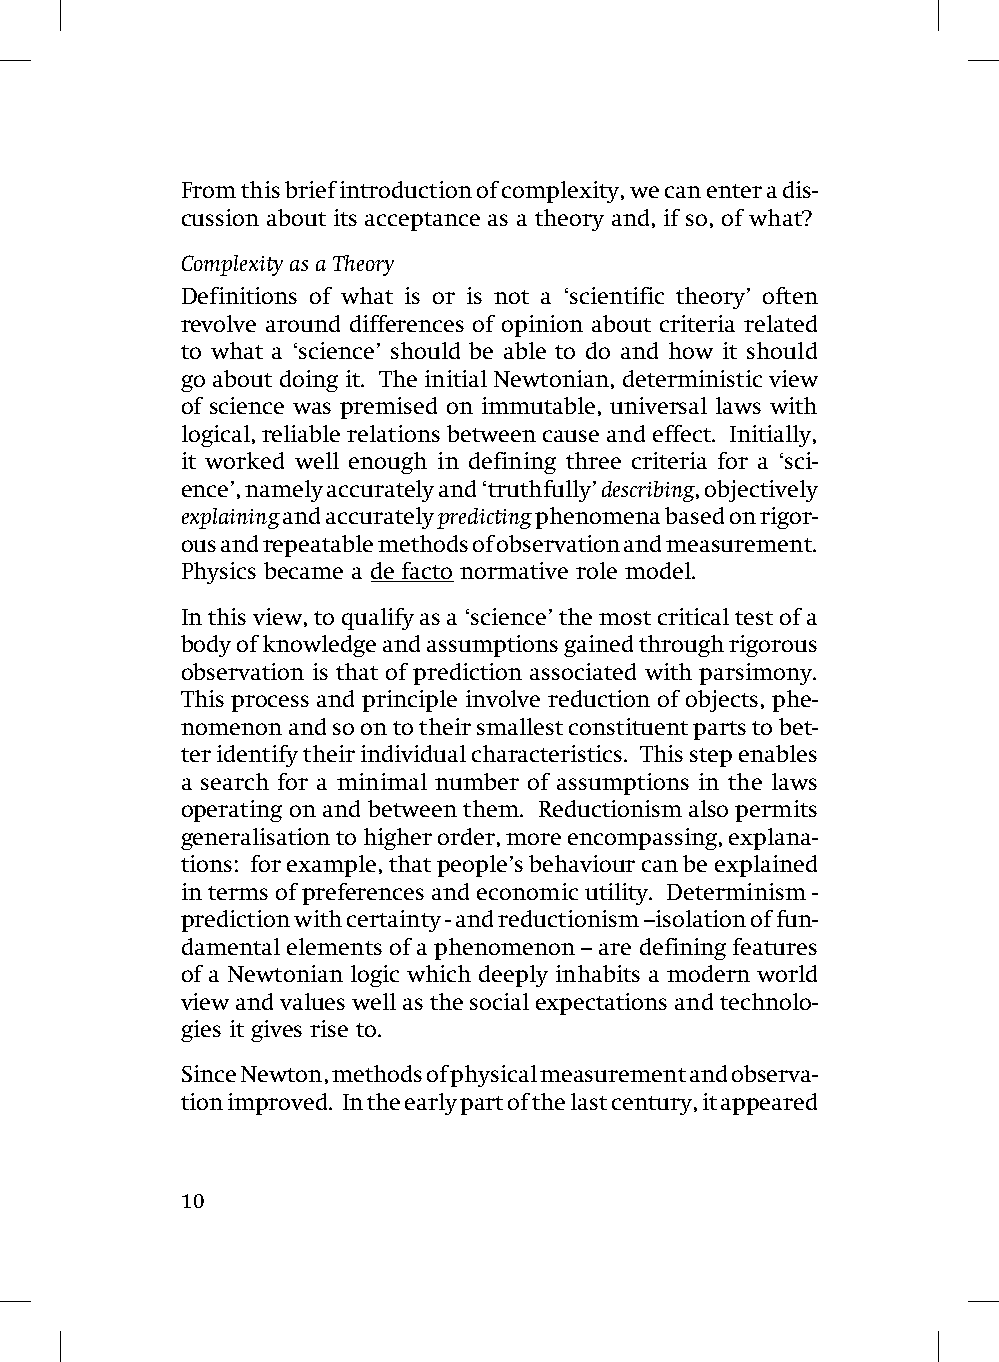
From this brief introduction of complexity, we can enter a dis-
 cussion about its acceptance as a theory and, if so, of what?
 Complexity as a Theory
 Definitions of what is or is not a ‘scientific theory’ often
 revolve around differences of opinion about criteria related
 to what a ‘science’ should be able to do and how it should
 go about doing it. The initial Newtonian, deterministic view
 of science was premised on immutable, universal laws with
 logical, reliable relations between cause and effect. Initially,
 it worked well enough in defining three criteria for a ‘sci-
 ence’, namely accurately and ‘truthfully’ describing, objectively
 explaining and accurately predicting phenomena based on rigor-
 ous and repeatable methods of observation and measurement.
 Physics became a de facto normative role model.
 In this view, to qualify as a ‘science’ the most critical test of a
 body of knowledge and assumptions gained through rigorous
 observation is that of prediction associated with parsimony.
 This process and principle involve reduction of objects, phe-
 nomenon and so on to their smallest constituent parts to bet-
 ter identify their individual characteristics. This step enables
 a search for a minimal number of assumptions in the laws
 operating on and between them. Reductionism also permits
 generalisation to higher order, more encompassing, explana-
 tions: for example, that people’s behaviour can be explained
 in terms of preferences and economic utility. Determinism -
 prediction with certainty - and reductionism –isolation of fun-
 damental elements of a phenomenon – are defining features
 of a Newtonian logic which deeply inhabits a modern world
 view and values well as the social expectations and technolo-
 gies it gives rise to.
 Since Newton, methods of physical measurement and observa-
 tion improved. In the early part of the last century, it appeared
 10